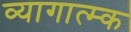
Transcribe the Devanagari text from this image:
व्यागात्म्क